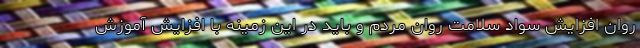
روان افزایش سواد سلامت روان مردم و باید در این زمینه با افزایش آموزش